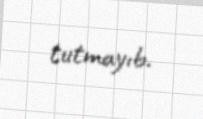
tutmayıb.